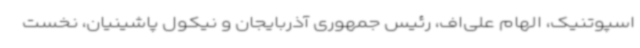
اسپوتنیک، الهام علی‌اف، رئیس جمهوری آذربایجان و نیکول پاشینیان، نخست